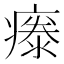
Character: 𤹤